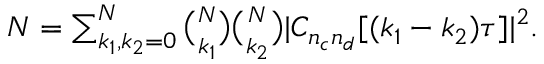
\begin{array} { r } { { \cal N } = \sum _ { k _ { 1 } , k _ { 2 } = 0 } ^ { N } { \binom { N } { k _ { 1 } } } { \binom { N } { k _ { 2 } } } | C _ { n _ { c } n _ { d } } [ ( k _ { 1 } - k _ { 2 } ) \tau ] | ^ { 2 } . } \end{array}